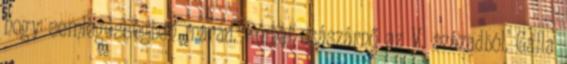
hogy semlegességben marad. Római császárnő az V. századból. Galla